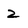
Character: 2